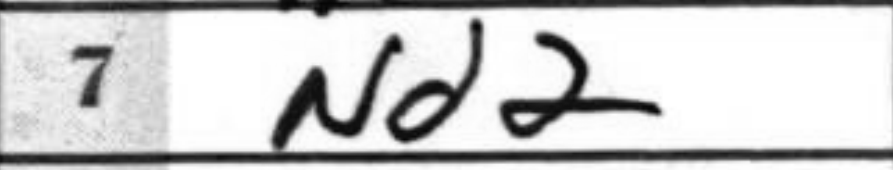
Transcription: Nd2